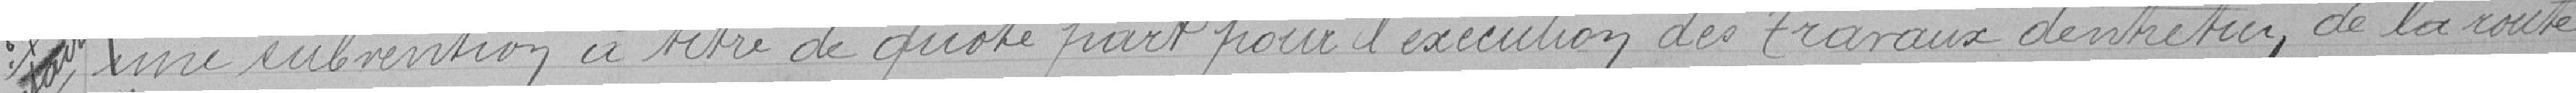
une subvention à titre de quote-part pour l'exécution des travaux d'entretien de la route.